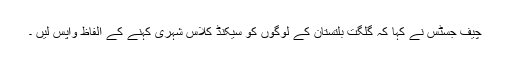
چیف جسٹس نے کہا کہ گلگت بلتستان کے لوگوں کو سیکنڈ کلاس شہری کہنے کے الفاظ واپس لیں ۔